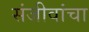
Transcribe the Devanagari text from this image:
संजीवांचा